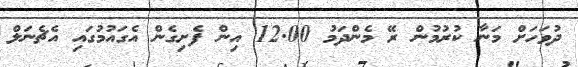
ދުވަހަށް މަނާ ކުރުމުން ރޭ މެންދަމު 12.00 އިން ފެށިގެން އެގައުމުގައި އެޗެނަލް